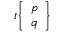
t { \left\{ \begin{array} { l } { p } \\ { q } \end{array} \right\} }